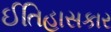
ઈતિહાસકાર